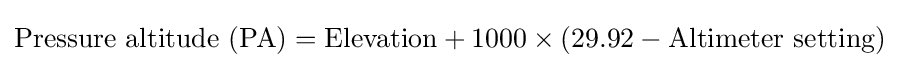
{\text{Pressure altitude (PA)}}={\text{Elevation}}+1000\times (29.92-{\text{Altimeter setting}})